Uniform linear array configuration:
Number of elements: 8
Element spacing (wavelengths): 0.5
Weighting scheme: cosine
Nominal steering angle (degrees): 45
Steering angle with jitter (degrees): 44.422
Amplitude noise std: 0.05
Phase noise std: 0.05

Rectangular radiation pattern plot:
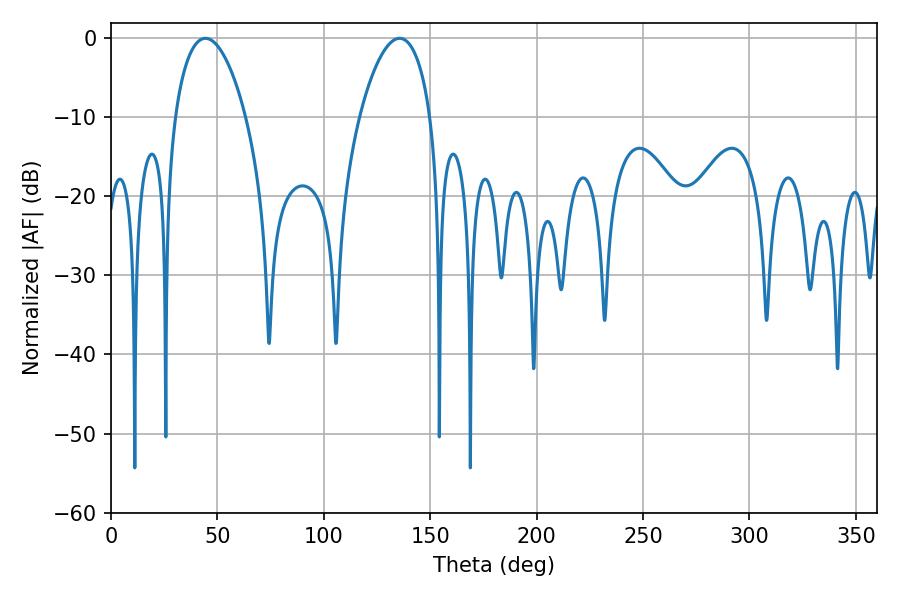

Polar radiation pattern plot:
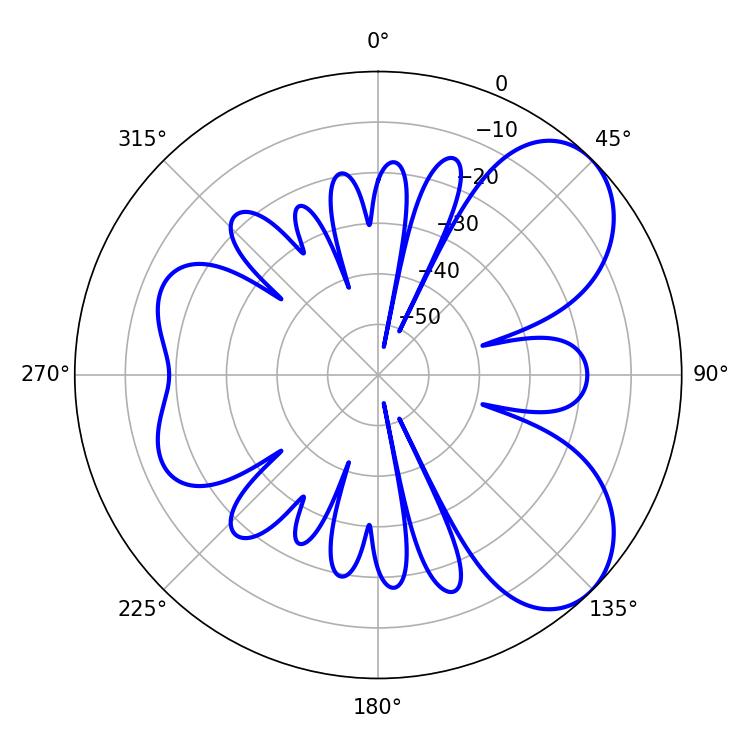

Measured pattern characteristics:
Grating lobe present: FALSE
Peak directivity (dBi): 6.374
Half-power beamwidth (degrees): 18.72
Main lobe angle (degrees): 44.46